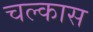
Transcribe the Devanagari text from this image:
चल्कास